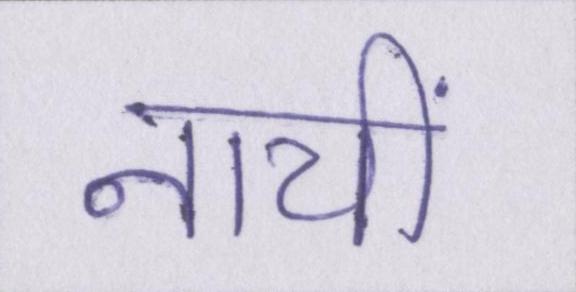
नायीं